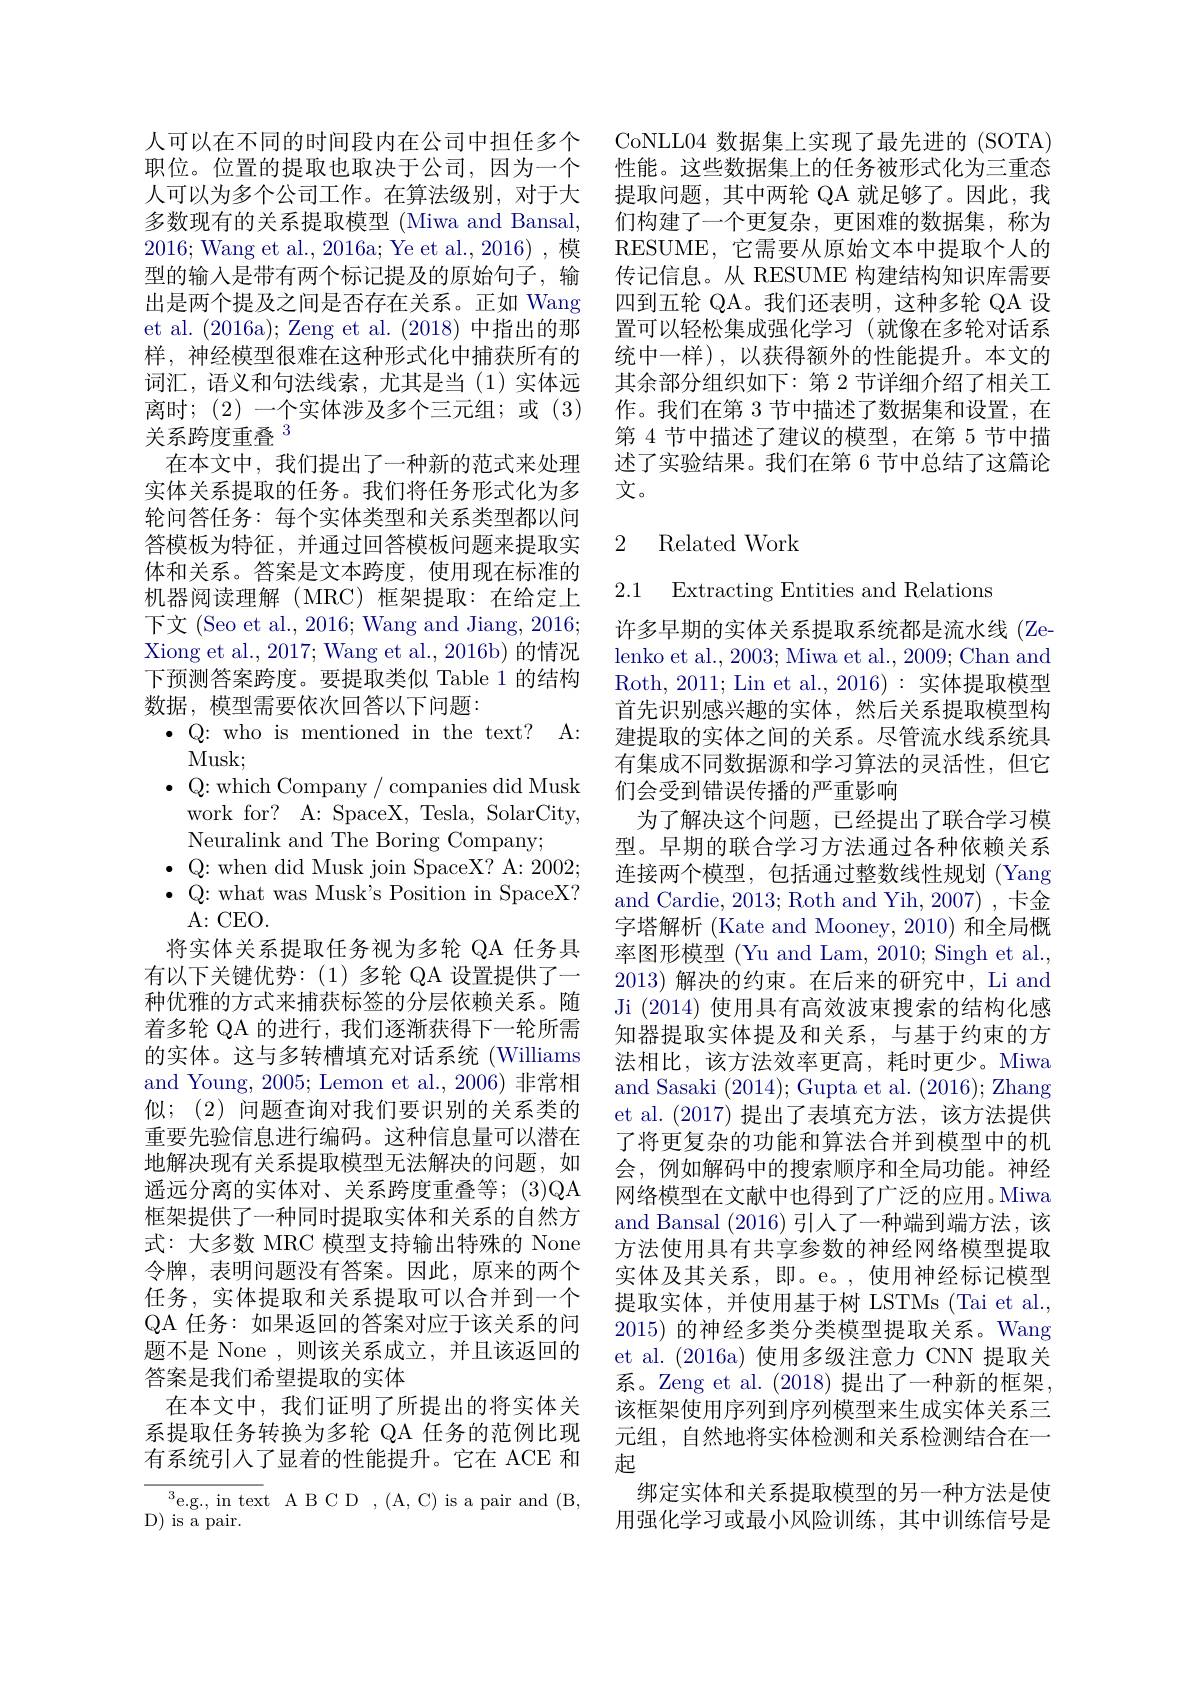
$\bullet$Q: who is mentioned in the text? A:

人可以在不同的时间段内在公司中担任多个职位。位置的提取也取决于公司，因为一个人可以为多个公司工作。在算法级别，对于大多数现有的关系提取模型 (Miwa and Bansal, 2016; Wang et al., 2016a; Ye et al., 2016), 模型的输入是带有两个标记提及的原始句子，输出是两个提及之间是否存在关系。正如 Wang et al. (2016a); Zeng et al. (2018)中指出的那样，神经模型很难在这种形式化中捕获所有的词汇，语义和句法线索，尤其是当(1)实体远离时；(2)一个实体涉及多个三元组；或(3) 关系跨度重叠$^{3}$
在本文中，我们提出了一种新的范式来处理实体关系提取的任务。我们将任务形式化为多轮问答任务：每个实体类型和关系类型都以问答模板为特征，并通过回答模板问题来提取实体和关系。答案是文本跨度，使用现在标准的机器阅读理解(MRC)框架提取：在给定上下文 (Seo et al., 2016; Wang and Jiang, 2016; Xiong et al., 2017; Wang et al., 2016b) 的情况下预测答案跨度。要提取类似 Table 1 的结构数据，模型需要依次回答以下问题：
Musk;
$\bullet$ Q: which Company / companies did Musk work for? A: SpaceX, Tesla, SolarCity, Neuralink and The Boring Company;
$\bullet$Q: when did Musk join SpaceX? A: 2002; $\bullet$Q: what was Musk's Position in SpaceX?
A: CEO.
将实体关系提取任务视为多轮 QA 任务具有以下关键优势：(1)多轮 QA 设置提供了一种优雅的方式来捕获标签的分层依赖关系。随着多轮 QA 的进行，我们逐渐获得下一轮所需的实体。这与多转槽填充对话系统(Williams and Young, 2005; Lemon et al., 2006) 非常相似；(2) 问题查询对我们要识别的关系类的重要先验信息进行编码。这种信息量可以潜在地解决现有关系提取模型无法解决的问题，如遥远分离的实体对、关系跨度重叠等；(3)QA 框架提供了一种同时提取实体和关系的自然方式：大多数 MRC 模型支持输出特殊的 None 令牌，表明问题没有答案。因此，原来的两个任务，实体提取和关系提取可以合并到一个QA 任务：如果返回的答案对应于该关系的问题不是 None ,则该关系成立，并且该返回的答案是我们希望提取的实体
在本文中，我们证明了所提出的将实体关系提取任务转换为多轮 QA 任务的范例比现有系统引入了显着的性能提升。它在 ACE 和$^3$e.g., in text A B C D ,(A, C) is a pair and (B,

D) is a pair.

CoNLL04 数据集上实现了最先进的 (SOTA) 性能。这些数据集上的任务被形式化为三重态提取问题，其中两轮 QA 就足够了。因此，我们构建了一个更复杂，更困难的数据集，称为RESUME, 它需要从原始文本中提取个人的传记信息。从 RESUME 构建结构知识库需要四到五轮 QA。我们还表明，这种多轮 QA 设置可以轻松集成强化学习 (就像在多轮对话系统中一样),以获得额外的性能提升。本文的其余部分组织如下：第 2 节详细介绍了相关工作。我们在第 3 节中描述了数据集和设置，在第 4 节中描述了建议的模型，在第 5 节中描述了实验结果。我们在第 6 节中总结了这篇论文。

## 2 Related Work

2.1 Extracting Entities and Relations

许多早期的实体关系提取系统都是流水线 (Zelenko et al., 2003; Miwa et al., 2009; Chan and Roth, 2011; Lin et al., 2016): 实体提取模型首先识别感兴趣的实体，然后关系提取模型构建提取的实体之间的关系。尽管流水线系统具有集成不同数据源和学习算法的灵活性，但它们会受到错误传播的严重影响
为了解决这个问题，已经提出了联合学习模型。早期的联合学习方法通过各种依赖关系连接两个模型，包括通过整数线性规划 (Yang and Cardie, 2013; Roth and Yih, 2007),卡金字塔解析 (Kate and Mooney, 2010) 和全局概率图形模型 (Yu and Lam, 2010; Singh et al., 2013) 解决的约束。在后来的研究中，Li and Ji (2014) 使用具有高效波束搜索的结构化感知器提取实体提及和关系，与基于约束的方法相比，该方法效率更高，耗时更少。Miwa and Sasaki (2014);Gupta et al. (2016);Zhang et al.(2017)提出了表填充方法，该方法提供了将更复杂的功能和算法合并到模型中的机会，例如解码中的搜索顺序和全局功能。神经网络模型在文献中也得到了广泛的应用。Miwa and Bansal (2016) 引人了一种端到端方法，该方法使用具有共享参数的神经网络模型提取实体及其关系，即。e。,使用神经标记模型提取实体，并使用基于树 LSTMs (Tai et al., 2015) 的神经多类分类模型提取关系。Wang et al. (2016a) 使用多级注意力 CNN 提取关系。Zeng et al. (2018) 提出了一种新的框架， 该框架使用序列到序列模型来生成实体关系三元组，自然地将实体检测和关系检测结合在一起
绑定实体和关系提取模型的另一种方法是使用强化学习或最小风险训练，其中训练信号是